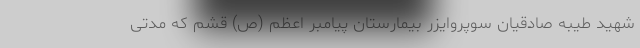
شهید طیبه صادقیان سوپروایزر بیمارستان پیامبر اعظم (ص) قشم که مدتی